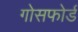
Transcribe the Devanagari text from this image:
गोसफोर्ड